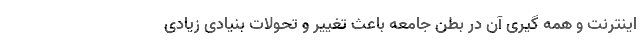
اینترنت و همه گیری آن در بطن جامعه باعث تغییر و تحولات بنیادی زیادی